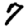
Digit: 7